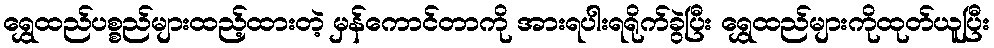
ရွှေထည်ပစ္စည်များထည့်ထားတဲ့ မှန်ကောင်တာကို အားရပါးရရိုက်ခွဲပြီး ရွှေထည်များကိုထုတ်ယူပြီး